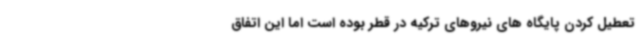
تعطیل کردن پایگاه های نیروهای ترکیه در قطر بوده است اما این اتفاق